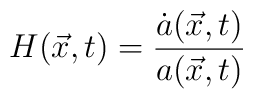
H(\vec{x},t)=\frac{\dot{a}(\vec{x},t)}{a(\vec{x},t)}